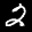
Label: 2